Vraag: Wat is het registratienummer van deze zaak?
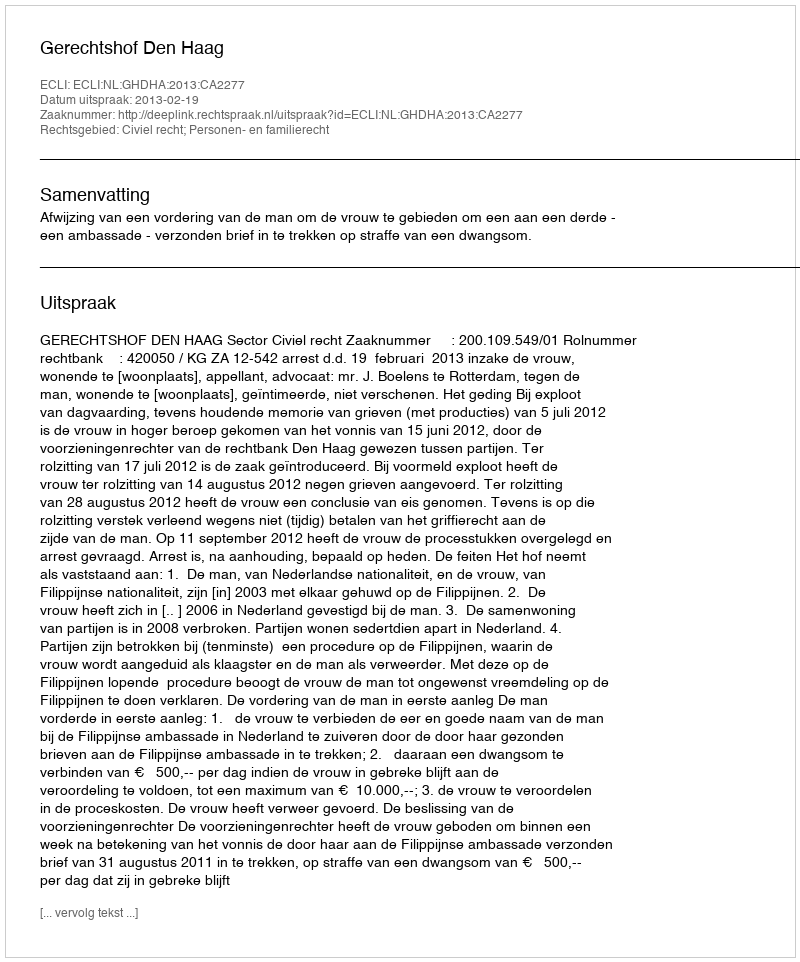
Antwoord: http://deeplink.rechtspraak.nl/uitspraak?id=ECLI:NL:GHDHA:2013:CA2277